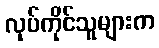
လုပ်ကိုင်သူများက